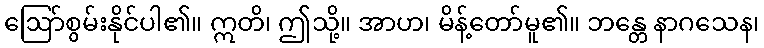
ဩော်စွမ်းနိုင်ပါ၏။ ဣတိ၊ ဤသို့။ အာဟ၊ မိန့်တော်မူ၏။ ဘန္တေ နာဂသေန၊